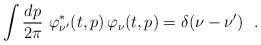
\begin{align*}\int \frac{dp}{2\pi} ~\varphi^{*}_{\nu'} (t,p) \,\varphi_\nu (t,p) =\delta(\nu-\nu') ~~.\end{align*}